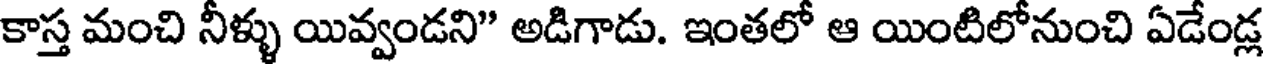
కాస్త మంచి నీళ్ళు యివ్వండని" అడిగాడు. ఇంతలో ఆ యింటిలోనుంచి ఏడేండ్ల